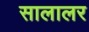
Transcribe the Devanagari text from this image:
सालालर